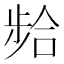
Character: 𫫈